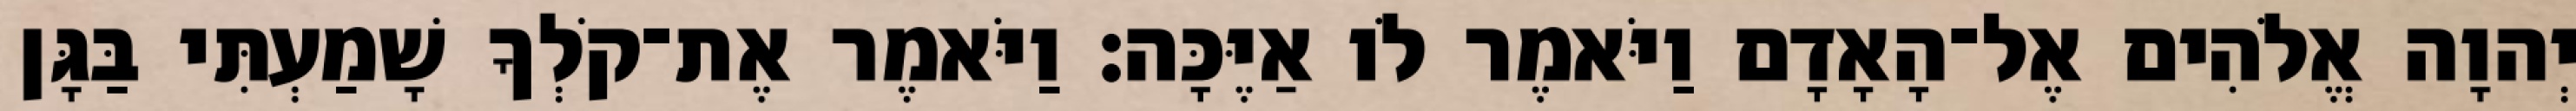
יְהוָה אֱלֹהִים אֶל־הָאָדָם וַיֹּאמֶר לֹו אַיֶּכָּה׃ וַיֹּאמֶר אֶת־קֹלְךָ שָׁמַעְתִּי בַּגָּן